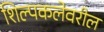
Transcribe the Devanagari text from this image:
शिल्पकलेवरील